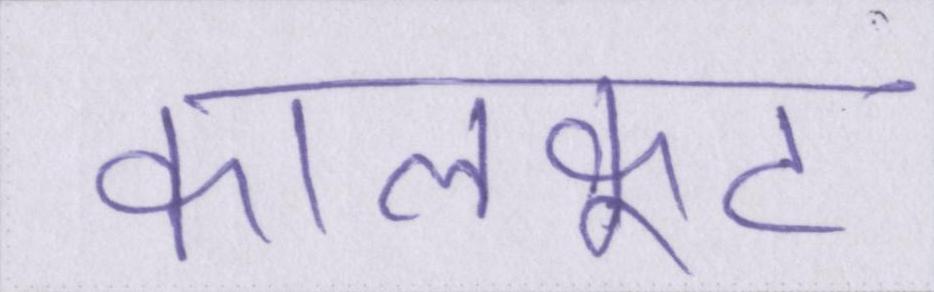
कालकूट